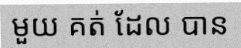
មួយ គត់ ដែល បាន